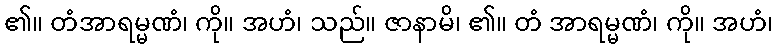
၏။ တံအာရမ္မဏံ၊ ကို။ အဟံ၊ သည်။ ဇာနာမိ၊ ၏။ တံ အာရမ္မဏံ၊ ကို။ အဟံ၊